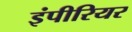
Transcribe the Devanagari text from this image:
इंपीरियर